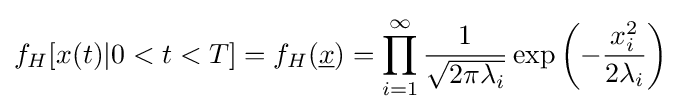
f_{H}[x(t)|0<t<T]=f_{H}({\underline {x}})=\prod _{i=1}^{\infty }{\frac {1}{\sqrt {2\pi \lambda _{i}}}}\exp \left(-{\frac {x_{i}^{2}}{2\lambda _{i}}}\right)